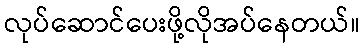
လုပ်ဆောင်ပေးဖို့လိုအပ်နေတယ်။